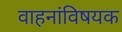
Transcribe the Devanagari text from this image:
वाहनांविषयक